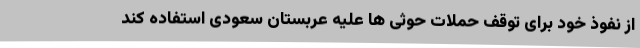
از نفوذ خود برای توقف حملات حوثی ها علیه عربستان سعودی استفاده کند